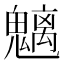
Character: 魑